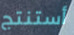
أستنتج